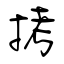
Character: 拷